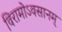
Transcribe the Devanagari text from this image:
विरामोऽवसानम्